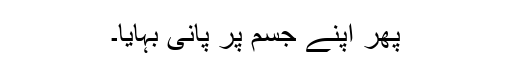
پھر اپنے جسم پر پانی بہایا۔